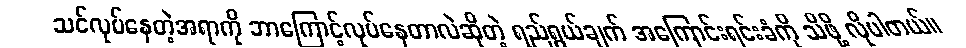
သင်လုပ်နေတဲ့အရာကို ဘာကြောင့်လုပ်နေတာလဲဆိုတဲ့ ရည်ရွယ်ချက် အကြောင်းရင်းခံကို သိဖို့ လိုပါတယ်။